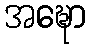
အဍ္ဎော